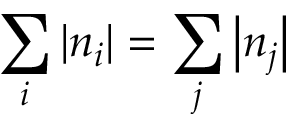
\sum _ { i } \left| n _ { i } \right| = \sum _ { j } \left| n _ { j } \right|